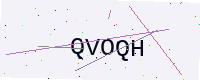
Text: QVOQH